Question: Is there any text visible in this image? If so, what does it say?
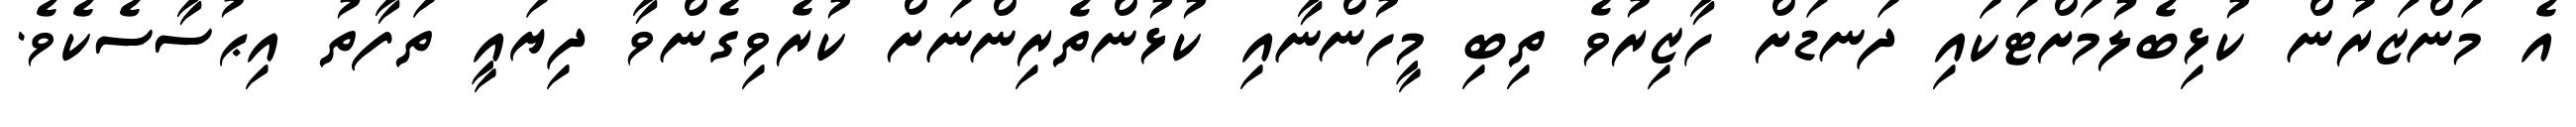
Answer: އެ މަންޒަރުން ކުޅިބެލުމަށްޓަކައި ދަނޑަށް ހާޒިރުވެ ތިބި މީހުންނާއި ކުޅުންތެރިންނަށް ކުރެވިގެންވާ ދިޔައީ ތަފާތު އިޙުސާސެކެވެ.